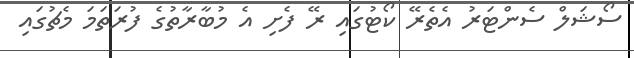
ސޯޝަލް ސެންޓަރު އެތެރޭ ކޯޓުގައި ރޭ ފެށި އެ މުބާރާތުގެ ފުރަތަމަ މެޗުގައި